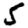
Digit: 5